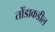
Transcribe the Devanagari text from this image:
तोँडाकडील